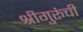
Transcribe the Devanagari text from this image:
श्रीगुरूंची